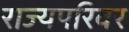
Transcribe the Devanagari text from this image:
राज्यपरिवर